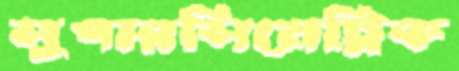
সুপারসিমেট্রিক